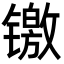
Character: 𬭻